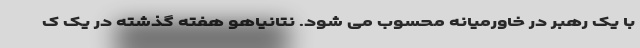
با یک رهبر در خاورمیانه محسوب می شود. نتانیاهو هفته گذشته در یک ک